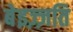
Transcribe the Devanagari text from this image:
बेइज़्ज़ति